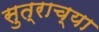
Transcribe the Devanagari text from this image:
सुत्राच्या